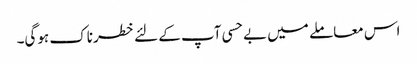
اس معاملے میں بے حسی آپ کے لئے خطرناک ہوگی۔